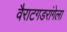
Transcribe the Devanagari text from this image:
वैराटगडरांगेला